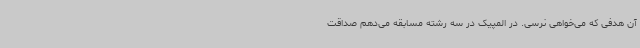
آن هدفی که می‌خواهی نرسی. در المپیک در سه رشته مسابقه می‌دهم صداقت